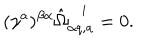
( \gamma ^ { a } ) ^ { \beta \alpha } \hat { \Omega } _ { \alpha q , a } ^ { i } = 0 .